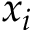
x _ { i }